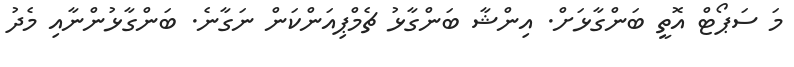
މަ ސަޕޯޓް އޮތީ ބަންގާޅަށް. އިންޝާ ބަންގާޅު ޗެމްޕިއަންކަން ނަގާނެ. ބަންގާޅުންނާއި މެދު